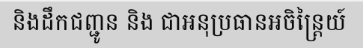
និងដឹកជញ្ជូន និង ជាអនុប្រធានអចិន្ត្រៃយ៍